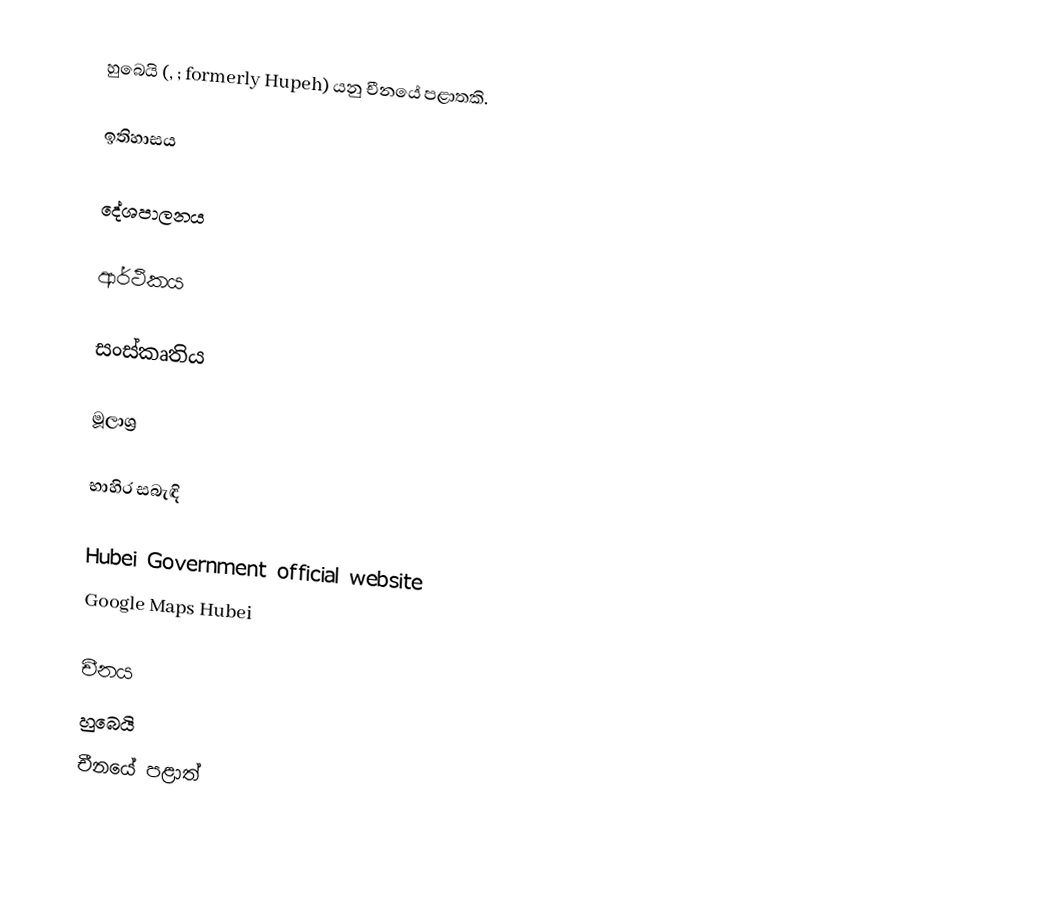
හුබෙයි (, ; formerly Hupeh) යනු චීනයේ පළාතකි.

ඉතිහාසය

දේශපාලනය

ආර්ථිකය

සංස්කෘතිය

මූලාශ්‍ර

භාහිර සබැඳි

 Hubei Government official website
 Google Maps Hubei

චීනය
හුබෙයි
චීනයේ පළාත්